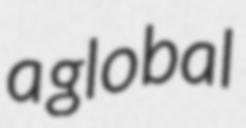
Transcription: a global